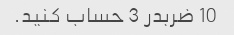
10 ضربدر 3 حساب کنید.